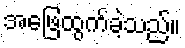
အဖြေထွက်ခဲ့သည်။